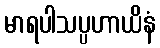
မာရပါသပ္ပဟာယိနံ